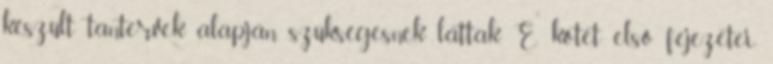
készült tantervek alapján szükségesnek láttak. E kötet elsõ fejezetei